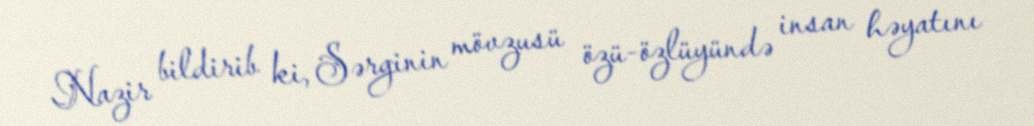
Nazir bildirib ki, Sərginin mövzusü özü-özlüyündə insan həyatını